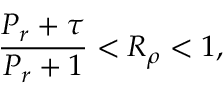
\frac { P _ { r } + \tau } { P _ { r } + 1 } < R _ { \rho } < 1 ,